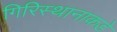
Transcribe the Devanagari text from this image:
गिरिस्थानाकडे